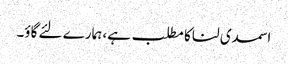
اسمدی لنا کا مطلب ہے، ہمارے لئے گاؤ۔